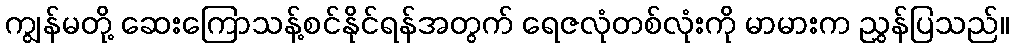
ကျွန်မတို့ ဆေးကြောသန့်စင်နိုင်ရန်အတွက် ရေဇလုံတစ်လုံးကို မာမားက ညွှန်ပြသည်။